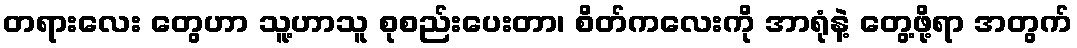
တရားလေး တွေဟာ သူ့ဟာသူ စုစည်းပေးတာ၊ စိတ်ကလေးကို အာရုံနဲ့ တွေ့ဖို့ရာ အတွက်